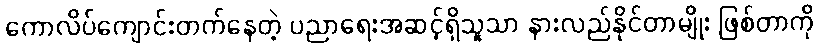
ကောလိပ်ကျောင်းတက်နေတဲ့ ပညာရေးအဆင့်ရှိသူသာ နားလည်နိုင်တာမျိုး ဖြစ်တာကို